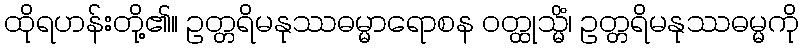
ထိုရဟန်းတို့၏။ ဥတ္တရိမနုဿဓမ္မာရောစန ဝတ္ထုသ္မိံ၊ ဥတ္တရိမနုဿဓမ္မကို